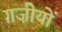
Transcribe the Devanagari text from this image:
ग़ज़ीयों